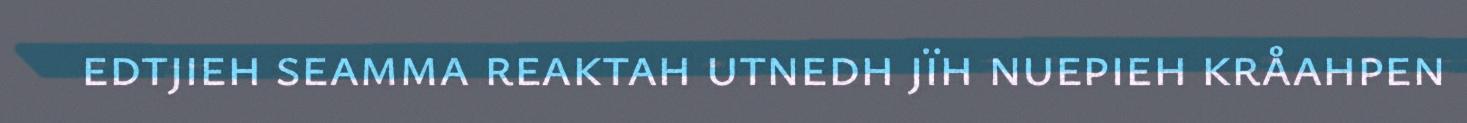
edtjieh seamma reaktah utnedh jïh nuepieh kråahpen